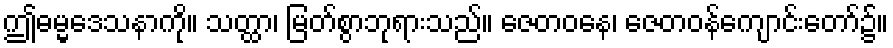
ဤဓမ္မဒေသနာကို။ သတ္ထာ၊ မြတ်စွာဘုရားသည်။ ဇေတဝနေ၊ ဇေတဝန်ကျောင်းတော်၌။